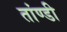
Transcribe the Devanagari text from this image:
तांण्डी